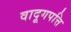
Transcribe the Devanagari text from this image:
वादूगपत्ति